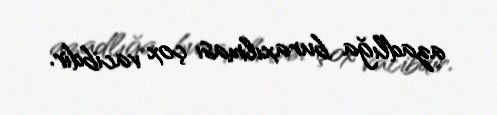
azadlığa buraxılması çox vacibdir.